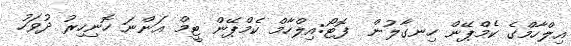
އިލްހާމްގެ ކެމްޕޭން ހިނގާލުން  ފޮޓޯ:އިލްހާމް ކެމްޕޭން ޓީމް އަންނަ ހޮނިހިރު ދުވަހު